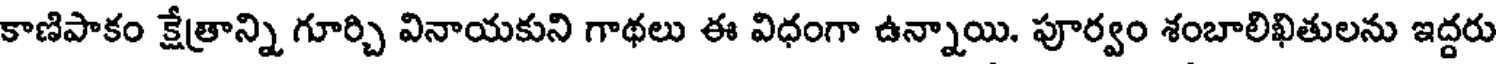
కాణిపాకం క్షేత్రాన్ని గూర్చి వినాయకుని గాథలు ఈ విధంగా ఉన్నాయి. పూర్వం శంబాలిఖితులను ఇద్దరు